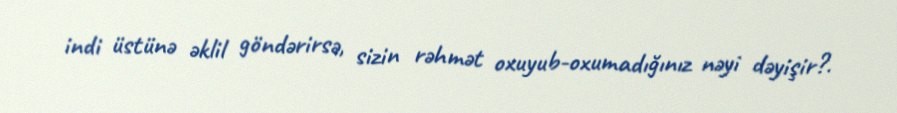
indi üstünə əklil göndərirsə, sizin rəhmət oxuyub-oxumadığınız nəyi dəyişir?.